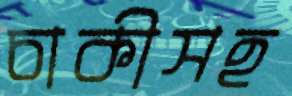
চাকীসহ